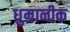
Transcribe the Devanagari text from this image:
धुम्रानीक